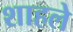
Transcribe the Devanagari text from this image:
शाहले